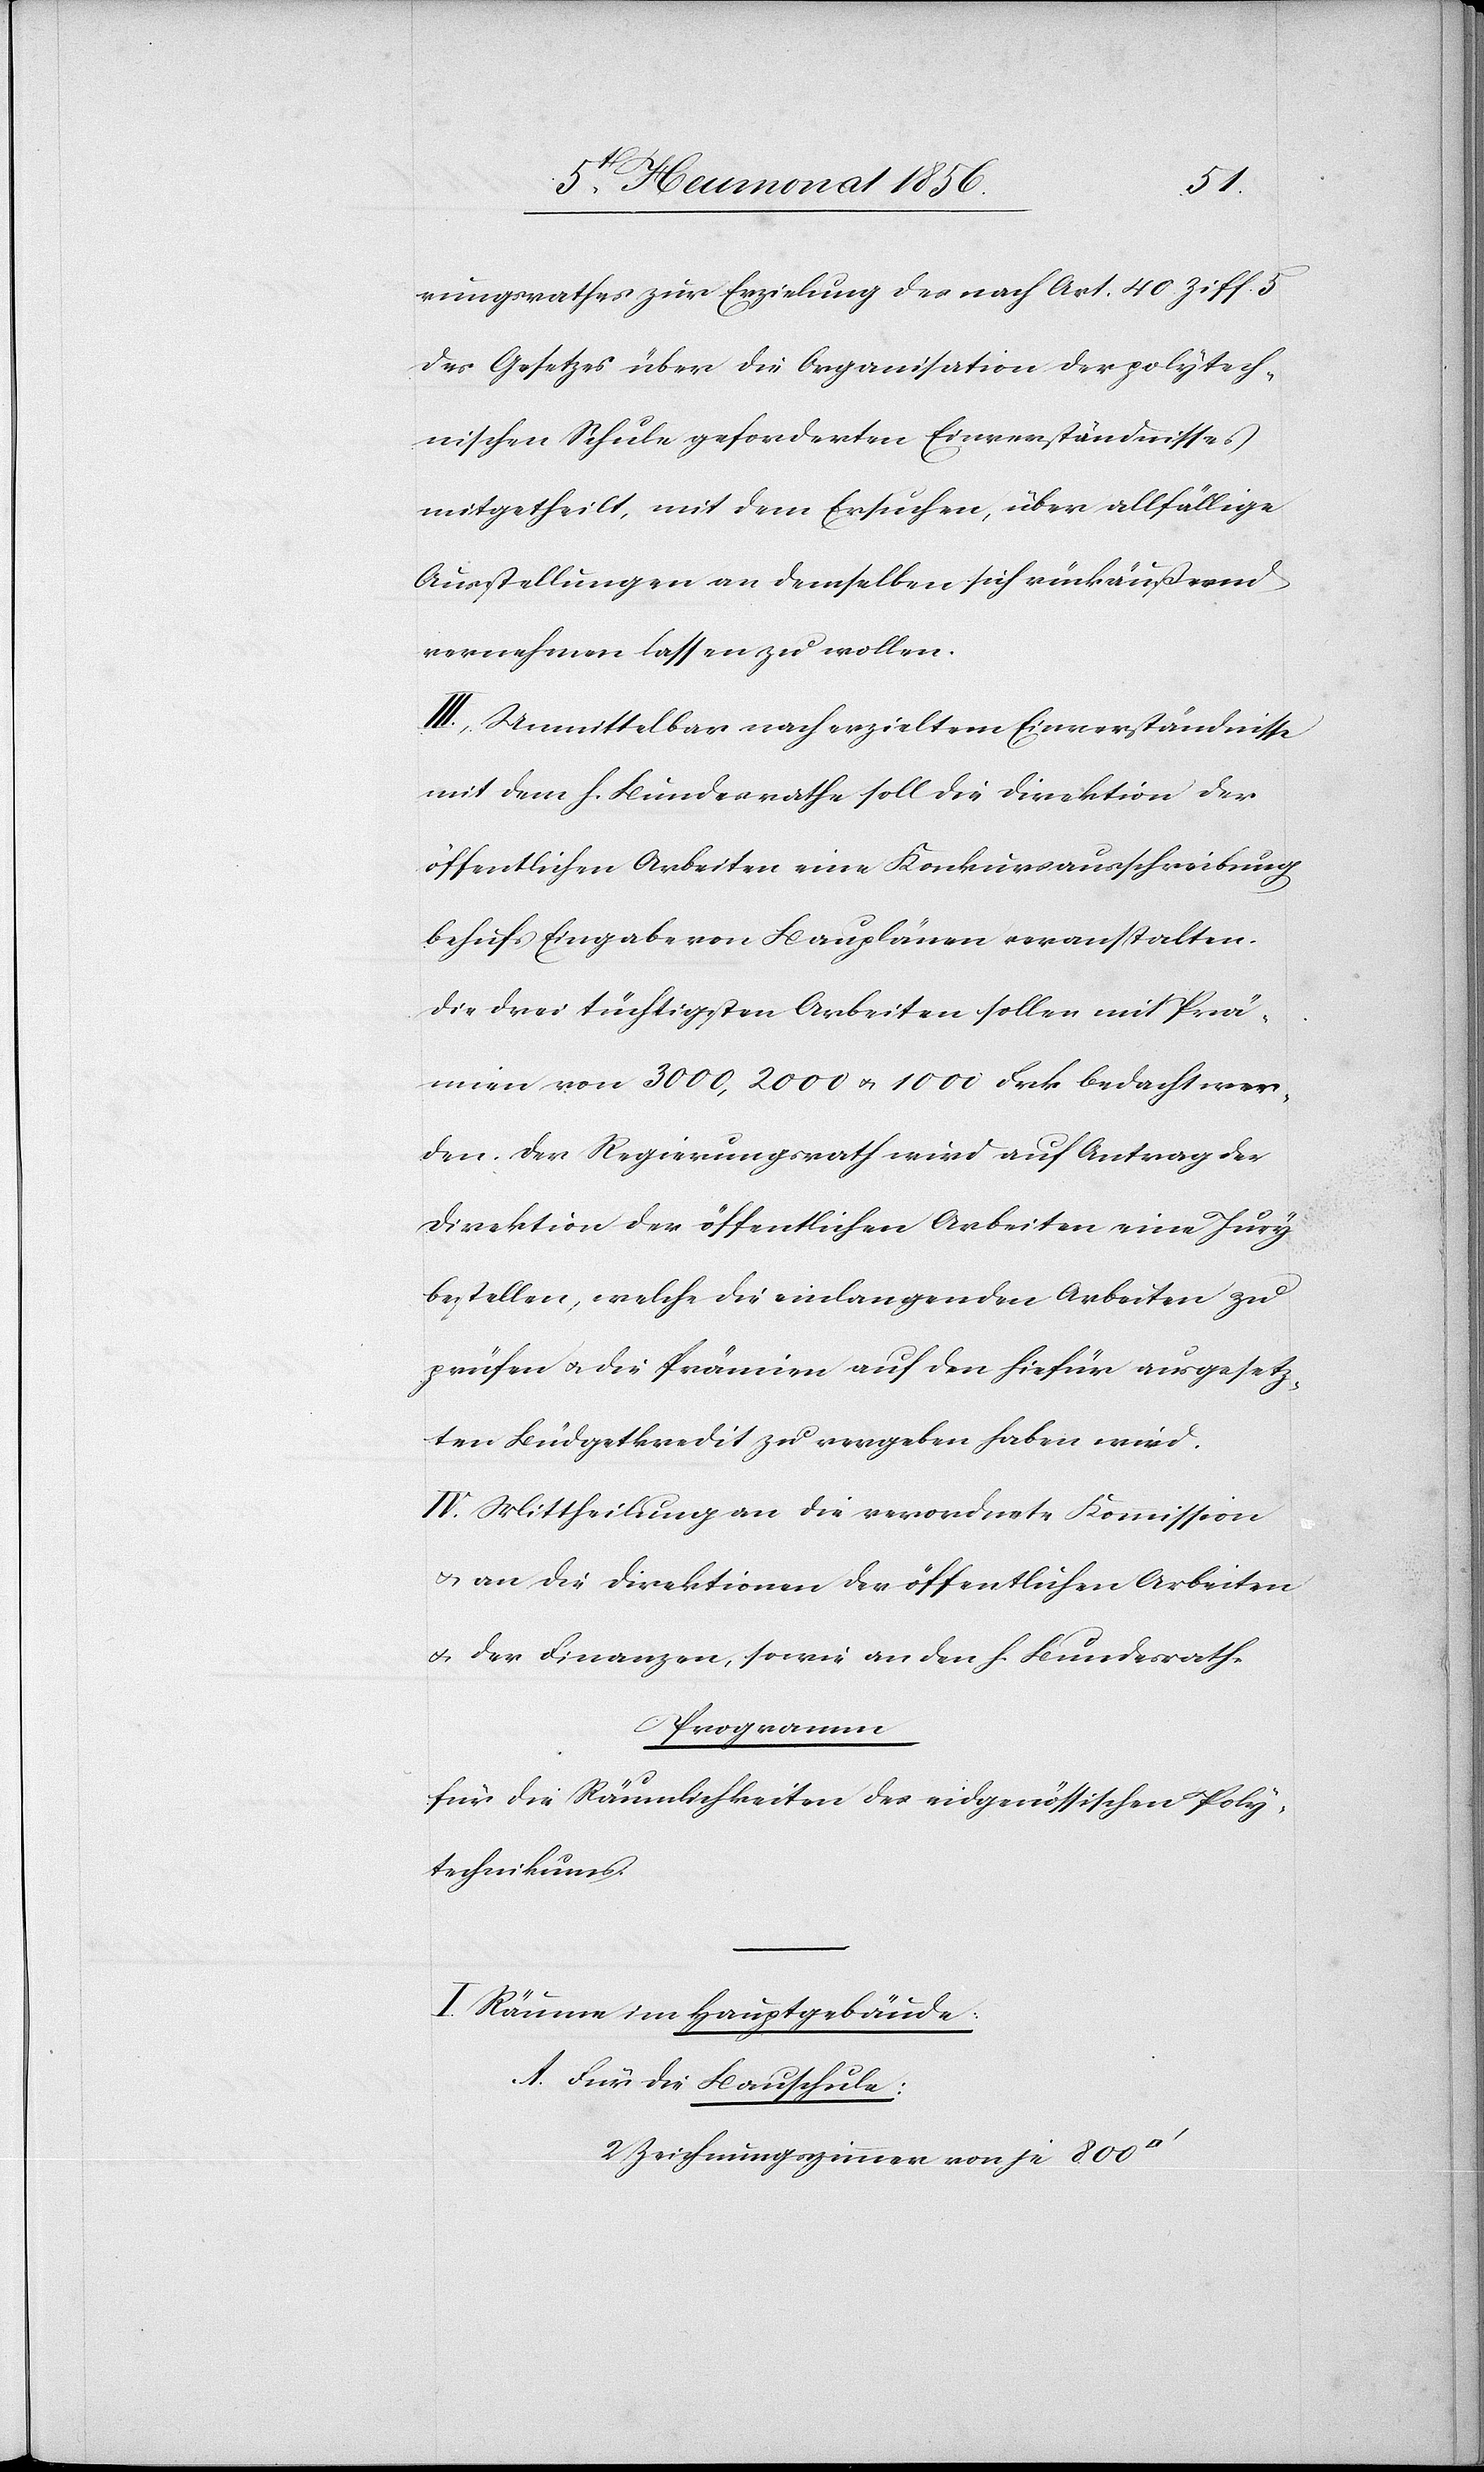
rungsrathes zur Erzielung der nach Art. 40 Ziff. 5
des Gesetzes über die Organisation der polytech¬
nischen Schule geforderten Einverständnisses
mitgetheilt, mit dem Ersuchen, über allfällige
Ausstellungen an demselben sich rückäußernd
vernehmen lassen zu wollen.
III.) Unmittelbar nach erzieltem Einverständnisse
mit dem h. Bundesrathe soll die Direktion der
öffentlichen Arbeiten eine Konkursausschreibung
behufs Eingabe von Bauplänen veranstalten.
Die drei tüchtigsten Arbeiten sollen mit Prä¬
mien von 3000, 2000 u. 1000 Frk. bedacht wer¬
den. Der Regierungsrath wird auf Antrag der
Direktion der öffentlichen Arbeiten eine Jury
bestellen, welche die einlangenden Arbeiten zu
prüfen u. die Prämien auf den hiefür ausgesetz¬
ten Büdgetkredit zu vergeben haben wird.
IV.) Mittheilung an die verordnete Kommission
u. an die Direktionen der öffentlichen Arbeiten
u. der Finanzen, sowie an den h. Bundesrath.
Programm
für die Räumlichkeiten des eidgenössischen Poly¬
technikums.
I. Räume im Hauptgebäude.
Für die Bauschule:
2 Zeichnungszimmer von je